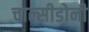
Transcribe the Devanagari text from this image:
चाल्सीडोनी